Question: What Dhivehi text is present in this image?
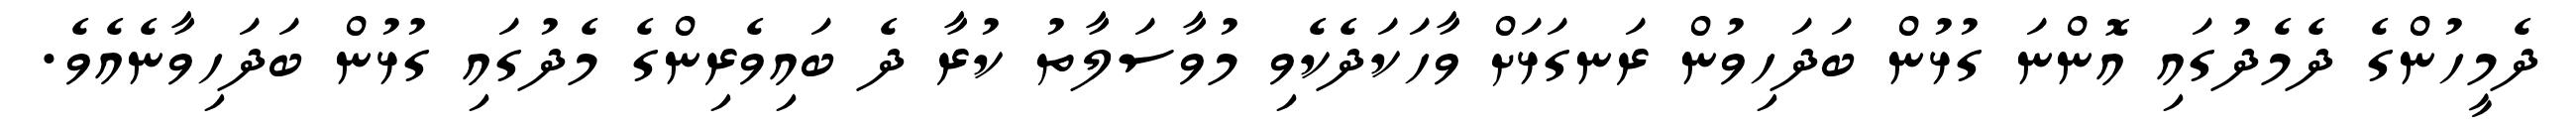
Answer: ދެމީހުންގެ ދެމެދުގައި އޮންނަ ގުޅުން ބަދަހިވުން ރަނގަޅަށް ވާހަކަދެކެވި މުވާސަލާތު ކުރާ ދެ ބައިވެރިންގެ މެދުގައި ގުޅުން ބަދަހިވާނެއެވެ.